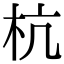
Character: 杭